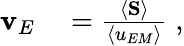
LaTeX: \begin{array}{rl}{{\mathbf{v}}_{E}}&{{}=\frac{\left\langle{\mathbf{S}}\right\rangle}{\left\langle u_{EM}\right\rangle}\; ,}\end{array}